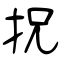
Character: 拀